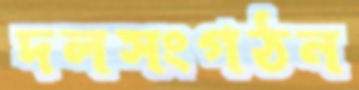
দলসংগঠন